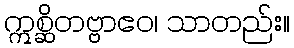
ဣစ္ဆိတဗ္ဗာဧဝ၊ သာတည်း။